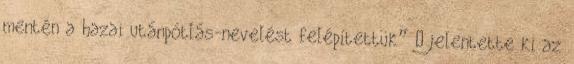
mentén a hazai utánpótlás-nevelést felépítettük” – jelentette ki az